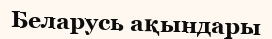
Беларусь ақындары